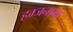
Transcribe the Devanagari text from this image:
हम्जनामा